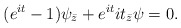
\begin{align*}(e^{it}-1)\psi_{\bar z}+e^{it}it_{\bar z}\psi=0.\end{align*}